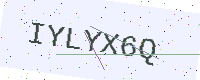
Text: IYLYX6Q